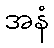
အနံ